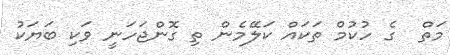
މަތް  ގެ ހުކުމް ތަކައް ކަލޭމެން ތި ގޮންޖަހަނީ ވަކި ބަޔަކު